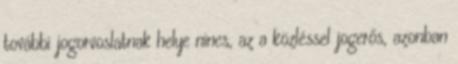
további jogorvoslatnak helye nincs, az a közléssel jogerős, azonban